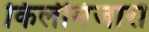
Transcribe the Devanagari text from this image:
किलीमंजारो